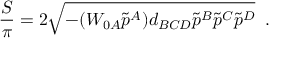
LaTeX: { \frac { \cal S } { \pi } } = 2 \sqrt { - ( W _ { 0 A } \tilde { p } ^ { A } ) d _ { B C D } \tilde { p } ^ { B } \tilde { p } ^ { C } \tilde { p } ^ { D } } \; \; .